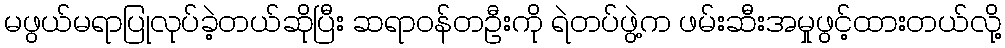
မဖွယ်မရာပြုလုပ်ခဲ့တယ်ဆိုပြီး ဆရာဝန်တဦးကို ရဲတပ်ဖွဲ့က ဖမ်းဆီးအမှုဖွင့်ထားတယ်လို့